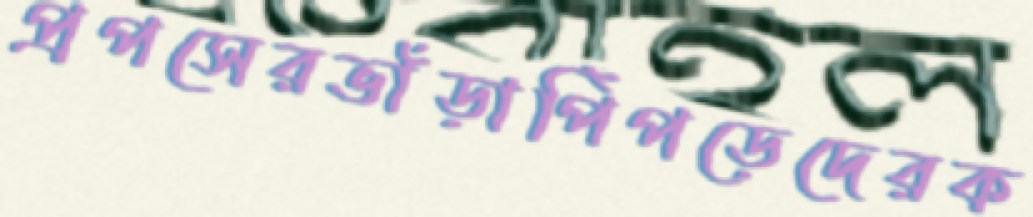
প্রপসেরভাঁড়াপিঁপড়েদেরক